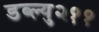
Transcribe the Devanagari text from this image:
डब्ल्यु२११